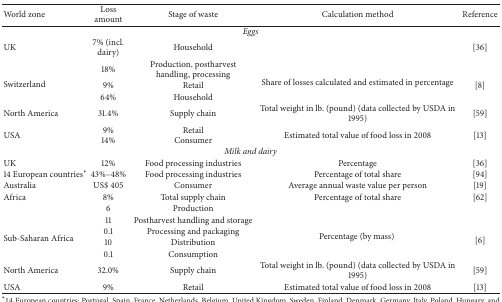
| World zone | Loss amount | Stage of waste | Calculation method | Reference |
 | --- | --- | --- | --- | --- |
 | <COLSPAN=5> Eggs |
 | UK | 7% (incl. dairy) | Household |  | [36] |
 | <ROWSPAN=3> Switzerland | 18% | Production, postharvest handling, processing | <ROWSPAN=3> Share of losses calculated and estimated in percentage | <ROWSPAN=3> [8] |
 | 9% | Retail |
 | 64% | Household |
 | North America | 31.4% | Supply chain | Total weight in lb. (pound) (data collected by USDA in 1995) | [59] |
 | USA | 9%14% | RetailConsumer | Estimated total value of food loss in 2008 | [13] |
 | <COLSPAN=5> Milk and dairy |
 | UK | 12% | Food processing industries | Percentage | [36] |
 | 14 European countries∗ | 43%–48% | Food processing industries | Percentage of total share | [94] |
 | Australia | US$ 405 | Consumer | Average annual waste value per person | [19] |
 | Africa | 8% | Total supply chain | Percentage of total share | [62] |
 | <ROWSPAN=5> Sub-Saharan Africa | 6 | Production | <ROWSPAN=5> Percentage (by mass) | <ROWSPAN=5> [6] |
 | 11 | Postharvest handling and storage |
 | 0.1 | Processing and packaging |
 | 10 | Distribution |
 | 0.1 | Consumption |
 | North America | 32.0% | Supply chain | Total weight in lb. (pound) (data collected by USDA in 1995) | [59] |
 | USA | 9% | Retail | Estimated total value of food loss in 2008 | [13] |